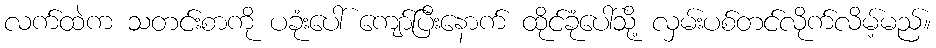
လက်ထဲက သတင်းစာကို ပခုံးပေါ် ကျော်ပြီးနောက် ထိုင်ခုံပေါ်သို့ လှမ်းပစ်တင်လိုက်လိမ့်မည်။